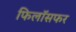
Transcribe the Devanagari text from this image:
फिलॉसफर